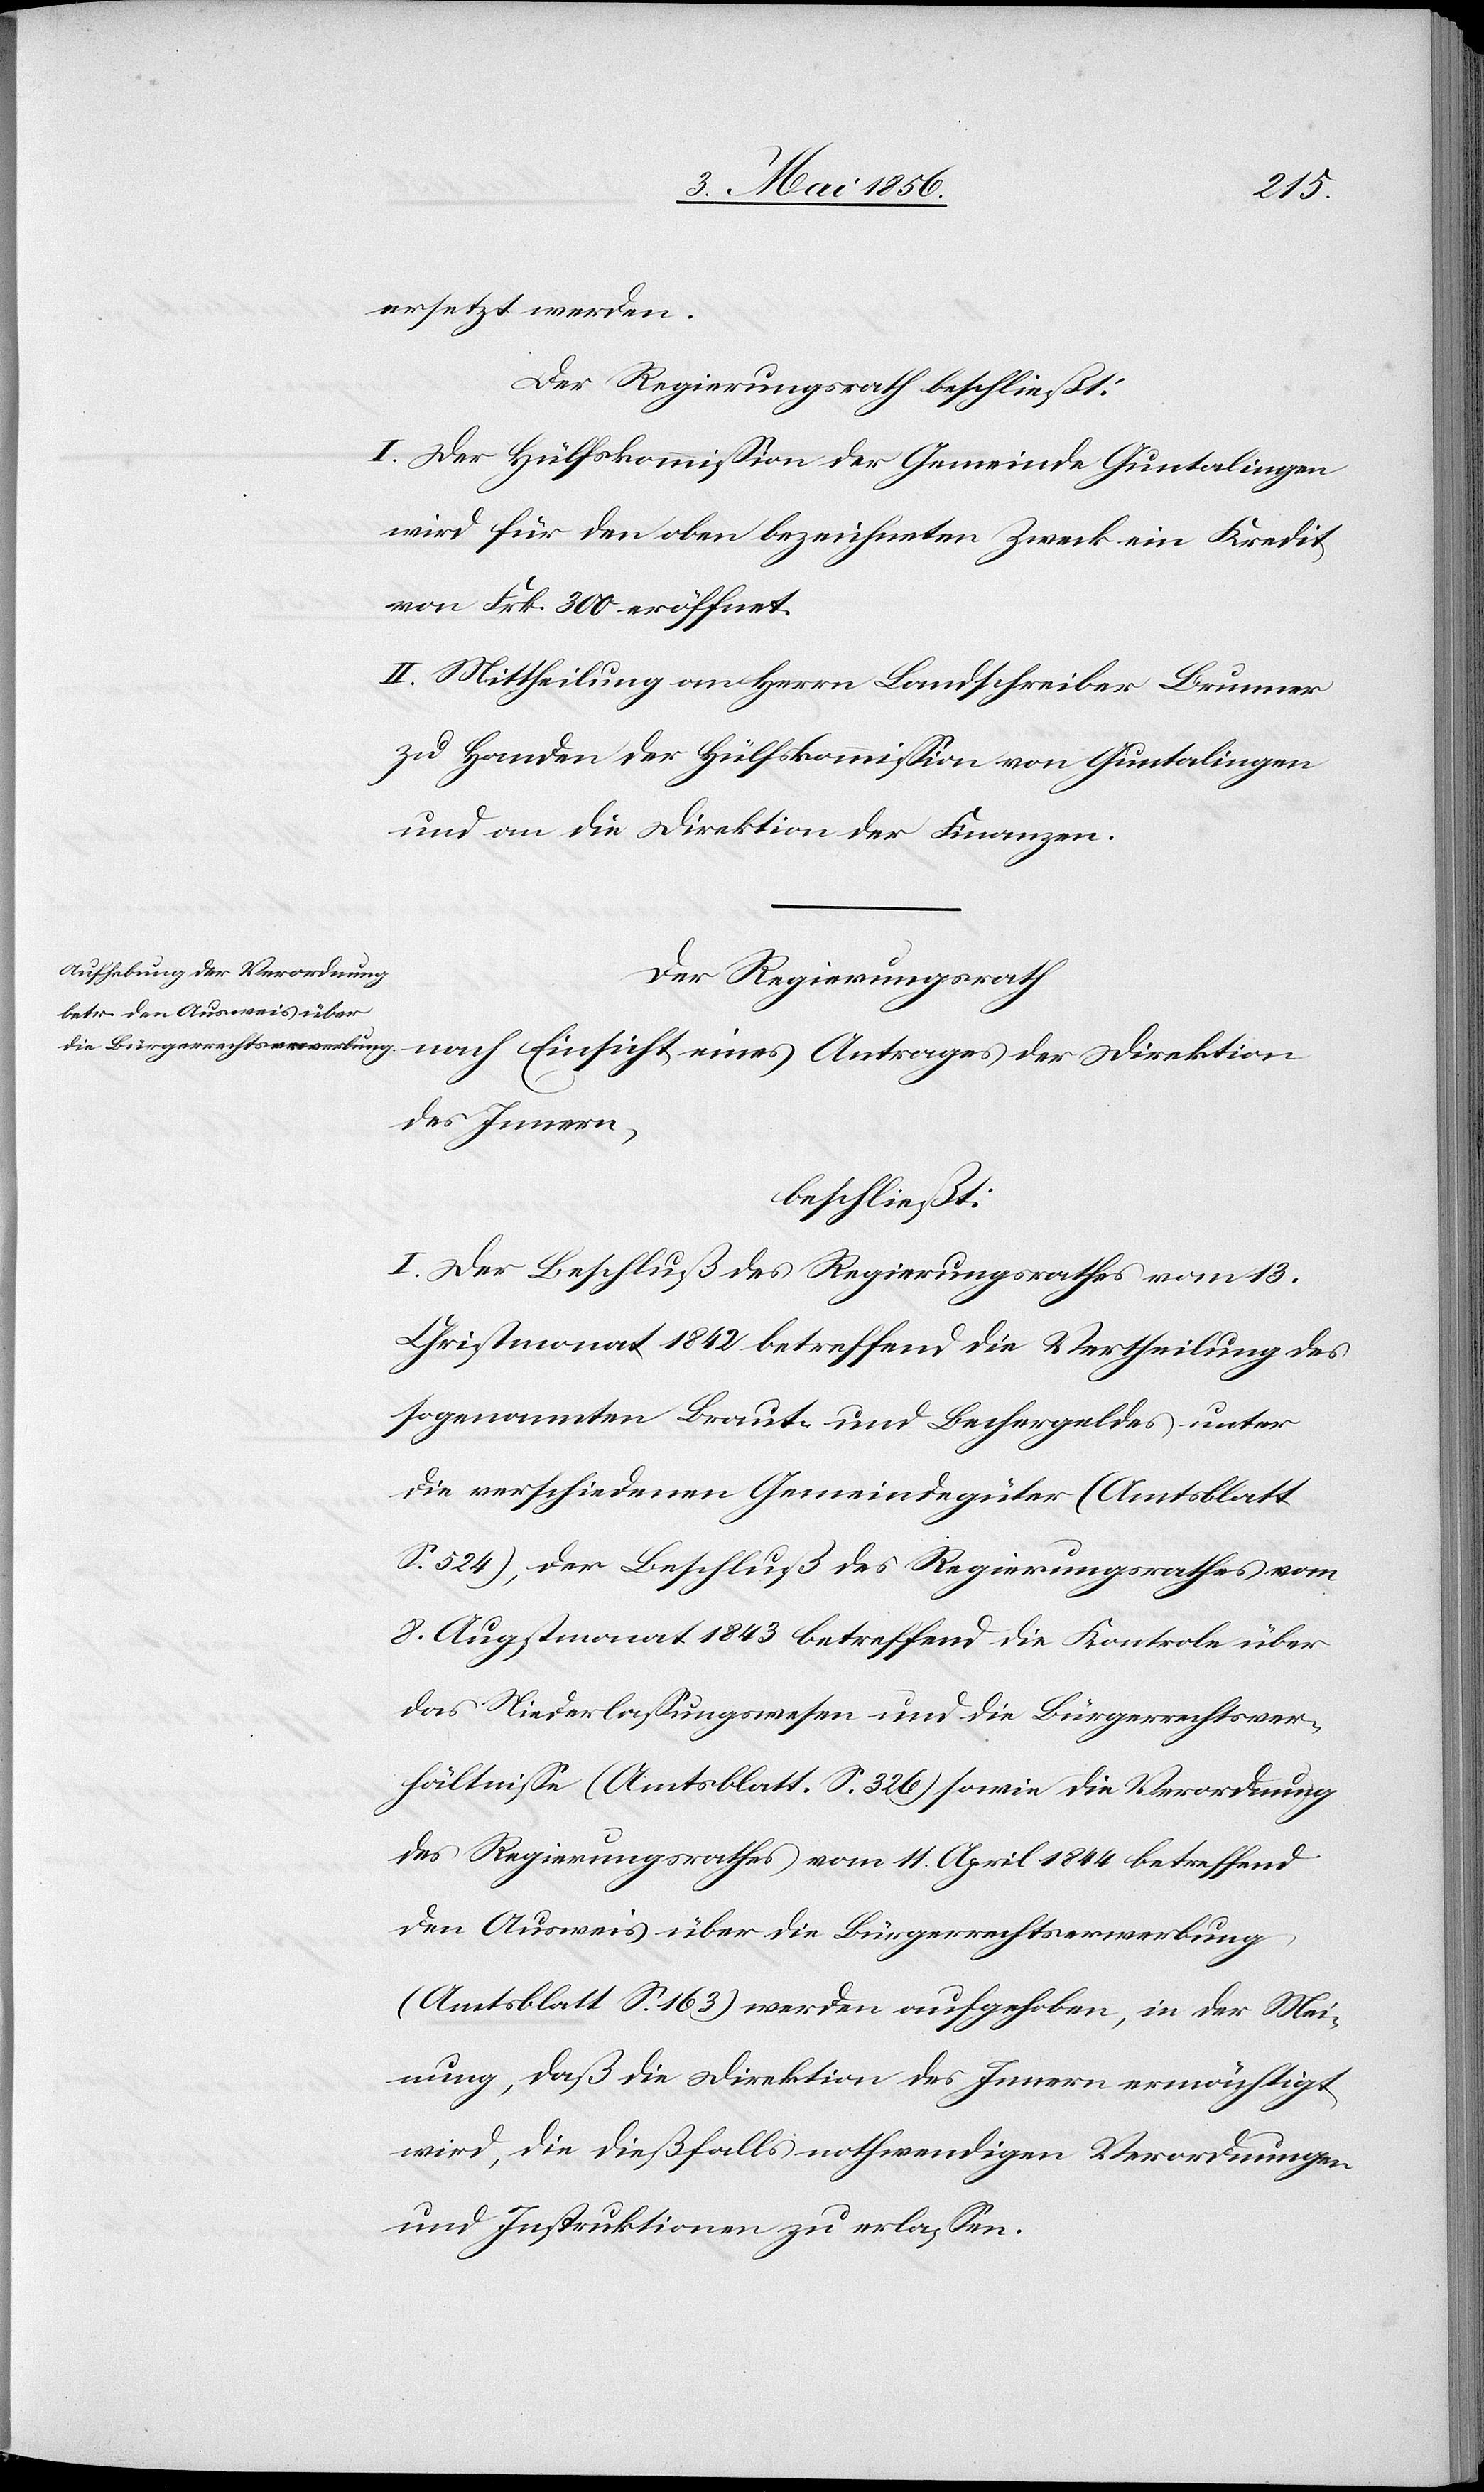
ersetzt werden.
Der Regierungsrath beschließt:
I. Der Hülfskommission der Gemeinde Guntalingen
wird für den oben bezeichneten Zweck ein Kredit
von Frk. 300 eröffnet.
II. Mittheilung an Herrn Landschreiber Brunner
zu Handen der Hülfskommission von Guntalingen
und an die Direktion der Finanzen.
Der Regierungsrath
nach Einsicht eines Antrages der Direktion
des Innern,
beschließt:
I. Der Beschluß des Regierungsrathes vom 13.
Christmonat 1842 betreffend die Vertheilung des
sogenannten Braut- und Bechergeldes unter
die verschiedenen Gemeindegüter (Amtsblatt
S. 524), der Beschluß des Regierungsrathes vom
8. Augstmonat 1843 betreffend die Kontrole über
das Niederlassungswesen und die Bürgerrechtsver¬
hältnisse (Amtsblatt. S. 326) sowie die Verordnung
des Regierungsrathes vom 11. April 1844 betreffend
den Ausweis über die Bürgerrechtserwerbung
(Amtsblatt S. 163) werden aufgehoben, in der Mei¬
nung, daß die Direktion des Innern ermächtigt
wird, die dießfalls nothwendigen Verordnungen
und Instruktionen zu erlassen.